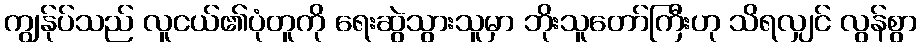
ကျွန်ုပ်သည် လူငယ်၏ပုံတူကို ရေးဆွဲသွားသူမှာ ဘိုးသူတော်ကြီးဟု သိရလျှင် လွန်စွာ